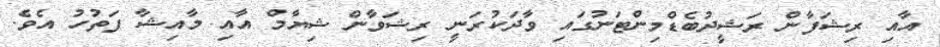
އާއި ރިޝަފާން ރަޝީދުބެޑްމިންޓަނުގައި ވާދަކުރަނީ ރިޝަވާން ޝިޔާމް އާއި މާއިޝާ ފަތުހު އެވެ.